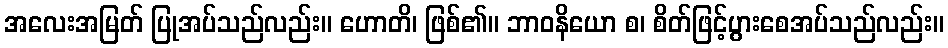
အလေးအမြတ် ပြုအပ်သည်လည်း။ ဟောတိ၊ ဖြစ်၏။ ဘာဝနိယော စ၊ စိတ်ဖြင့်ပွားစေအပ်သည်လည်း။